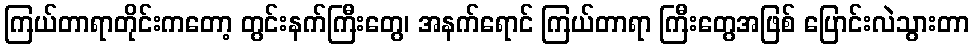
ကြယ်တာရာတိုင်းကတော့ တွင်းနက်ကြီးတွေ၊ အနက်ရောင် ကြယ်တာရာ ကြီးတွေအဖြစ် ပြောင်းလဲသွားတာ